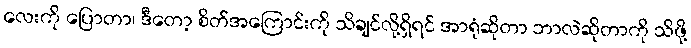
လေးကို ပြောတာ၊ ဒီတော့ စိတ်အကြောင်းကို သိချင်လို့ရှိရင် အာရုံဆိုတာ ဘာလဲဆိုတာကို သိဖို့